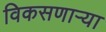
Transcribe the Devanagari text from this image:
विकसणाऱ्या